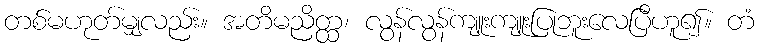
တစ်မဟုတ်မျှလည်း။ အတိမညိတ္ထ၊ လွန်လွန်ကျူးကျူးပြုဘူးလေပြီဟူ၍။ တံ